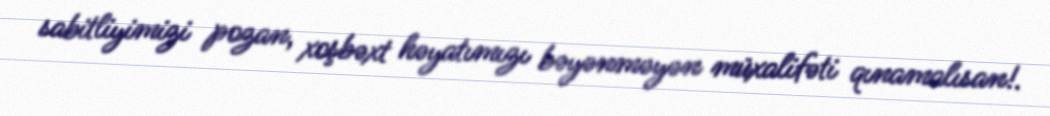
sabitliyimizi pozan, xoşbəxt həyatımızı bəyənməyən müxalifəti qınamalısan!.